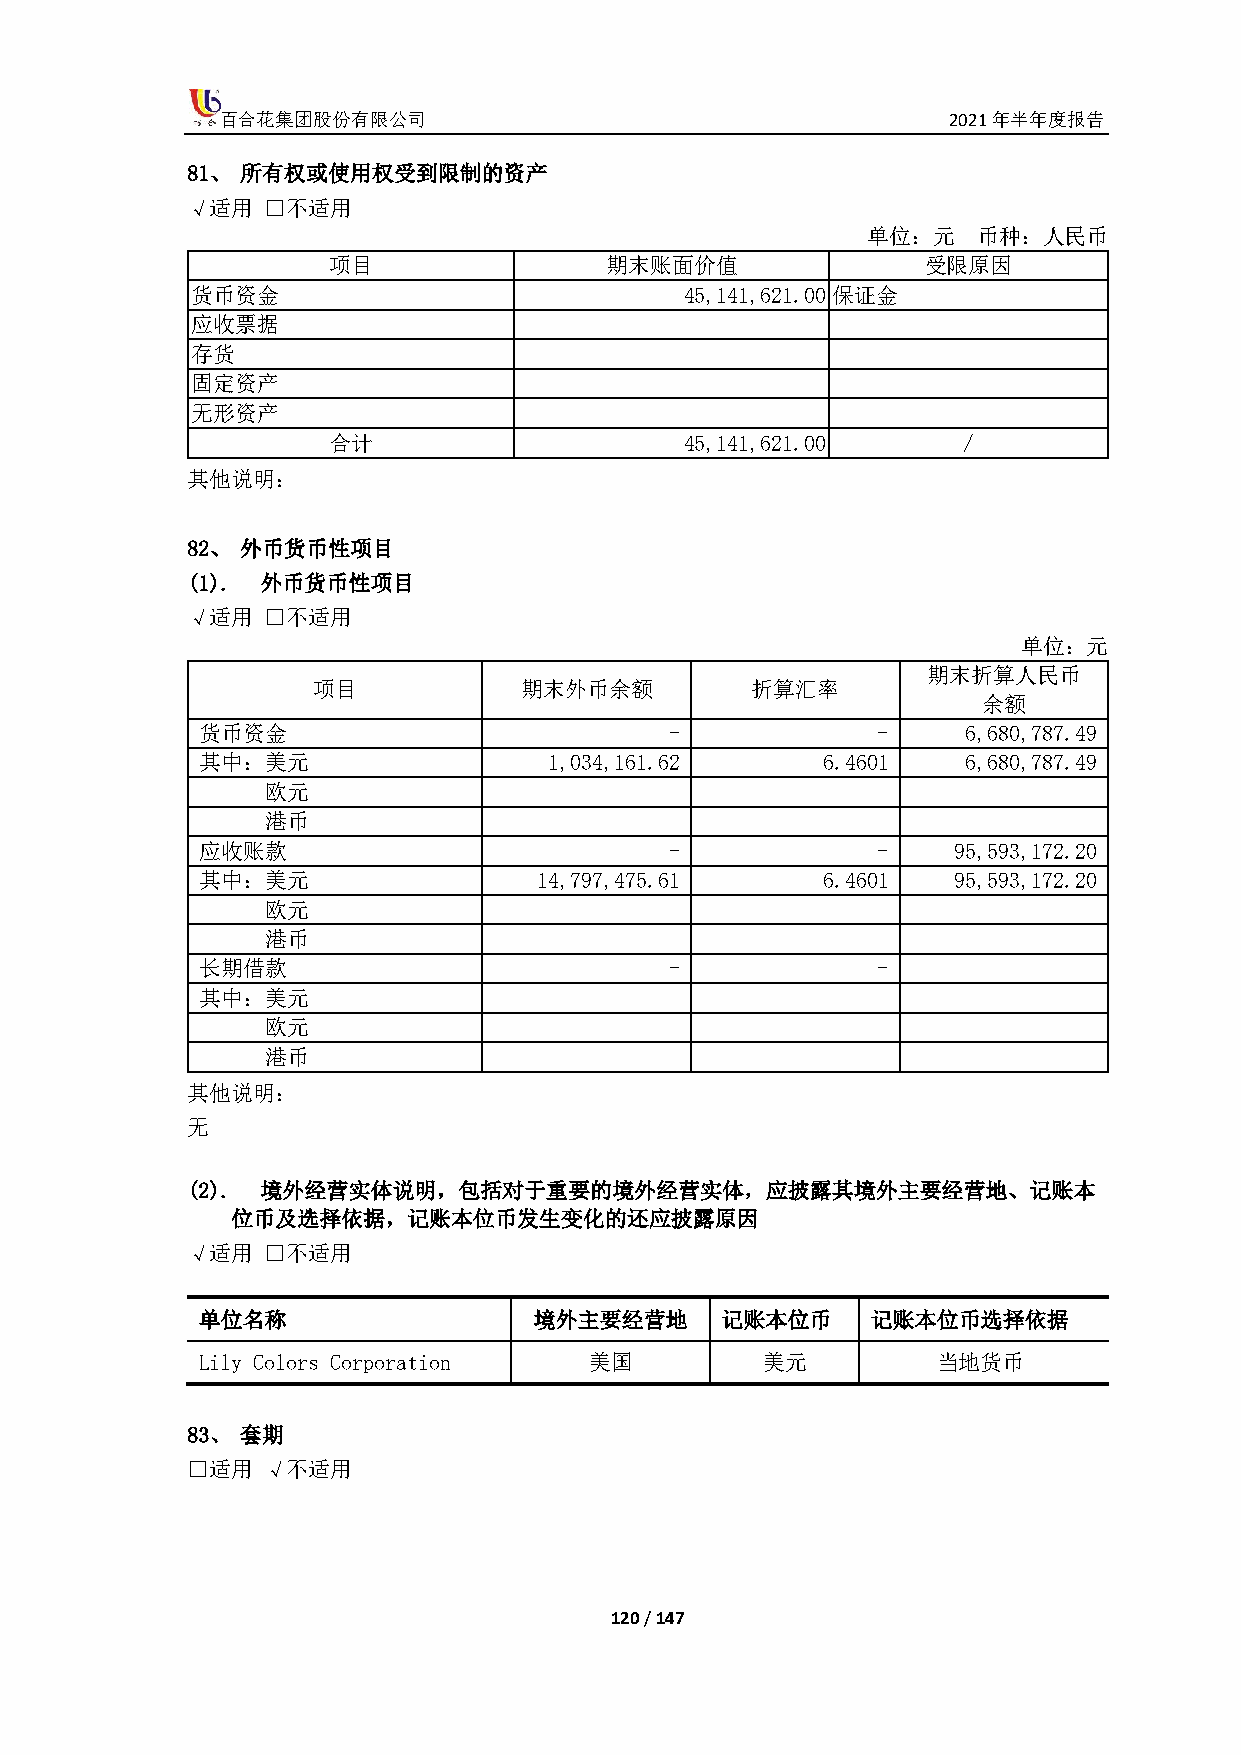
百合花集团股份有限公司                                     2021年半年度报告
 81、 所有权或使用权受到限制的资产
 √适用  □不适用
 单位：元    币种：人民币
 项目                期末账面价值               受限原因
 货币资金                            45,141,621.00 保证金
 应收票据
 存货
 固定资产
 无形资产
 合计                     45,141,621.00      /
 其他说明：
 82、 外币货币性项目
 (1). 外币货币性项目
 √适用  □不适用
 单位：元
 期末折算人民币
 项目           期末外币余额          折算汇率
 余额
 货币资金                           -             -     6,680,787.49
 其中：美元                  1,034,161.62      6.4601    6,680,787.49
 欧元
 港币
 应收账款                           -             -    95,593,172.20
 其中：美元                  14,797,475.61     6.4601   95,593,172.20
 欧元
 港币
 长期借款                           -             -
 其中：美元
 欧元
 港币
 其他说明：
 无
 (2). 境外经营实体说明，包括对于重要的境外经营实体，应披露其境外主要经营地、记账本
 位币及选择依据，记账本位币发生变化的还应披露原因
 √适用  □不适用
 单位名称                  境外主要经营地      记账本位币     记账本位币选择依据
 Lily Colors Corporation   美国         美元          当地货币
 83、 套期
 □适用  √不适用
 120 / 147